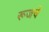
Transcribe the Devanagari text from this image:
रूजचे